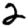
Digit: 2